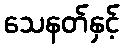
သေနတ်နှင့်